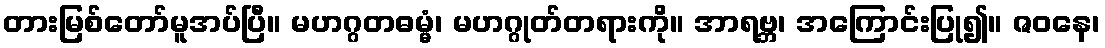
တားမြစ်တော်မူအပ်ပြီ။ မဟဂ္ဂတဓမ္မံ၊ မဟဂ္ဂုတ်တရားကို။ အာရဗ္ဘ၊ အကြောင်းပြု၍။ ဇဝနေ၊